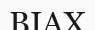
ВІАХ